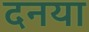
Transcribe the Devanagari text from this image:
दनया